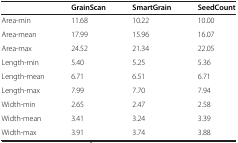
<table><thead><tr><td><b> </b></td><td><b>GrainScan</b></td><td><b>SmartGrain</b></td><td><b>SeedCount</b></td></tr></thead><tbody><tr><td>Area-min</td><td>11.68</td><td>10.22</td><td>10.00</td></tr><tr><td>Area-mean</td><td>17.99</td><td>15.96</td><td>16.07</td></tr><tr><td>Area-max</td><td>24.52</td><td>21.34</td><td>22.05</td></tr><tr><td>Length-min</td><td>5.40</td><td>5.25</td><td>5.36</td></tr><tr><td>Length-mean</td><td>6.71</td><td>6.51</td><td>6.71</td></tr><tr><td>Length-max</td><td>7.99</td><td>7.70</td><td>7.94</td></tr><tr><td>Width-min</td><td>2.65</td><td>2.47</td><td>2.58</td></tr><tr><td>Width-mean</td><td>3.41</td><td>3.24</td><td>3.39</td></tr><tr><td>Width-max</td><td>3.91</td><td>3.74</td><td>3.88</td></tr></tbody></table>